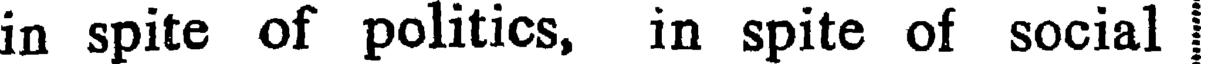
in spite of politics, in spite of social